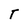
Character: T